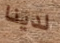
لدينا